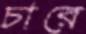
চারে